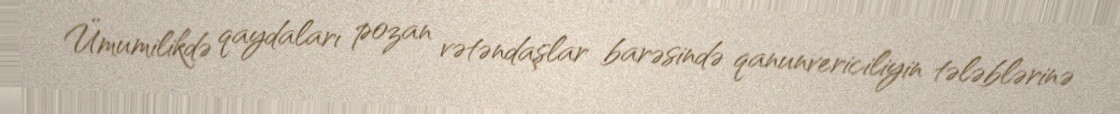
Ümumilikdə qaydaları pozan vətəndaşlar barəsində qanunvericiliyin tələblərinə